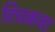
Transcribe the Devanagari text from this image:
टिचकवा